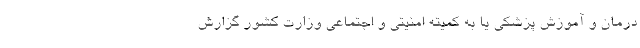
درمان و آموزش پزشکی یا به کمیته امنیتی و اجتماعی وزارت کشور گزارش